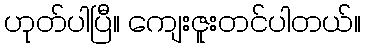
ဟုတ်ပါပြီ။ ကျေးဇူးတင်ပါတယ်။